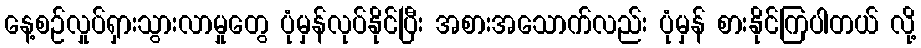
နေ့စဉ်လှုပ်ရှားသွားလာမှုတွေ ပုံမှန်လုပ်နိုင်ပြီး အစားအသောက်လည်း ပုံမှန် စားနိုင်ကြပါတယ် လို့